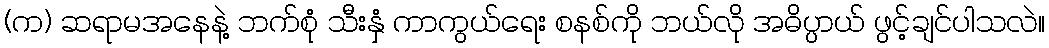
(က) ဆရာမအနေနဲ့ ဘက်စုံ သီးနှံ ကာကွယ်ရေး စနစ်ကို ဘယ်လို အဓိပ္ပာယ် ဖွင့်ချင်ပါသလဲ။